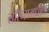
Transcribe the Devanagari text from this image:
लॉरेन्समधील